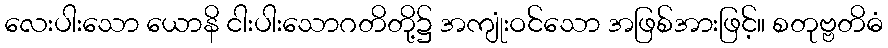
လေးပါးသော ယောနိ ငါးပါးသောဂတိတို့၌ အကျုံးဝင်သော အဖြစ်အားဖြင့်။ စတုဗ္ဗတိဓံ